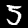
Label: 5